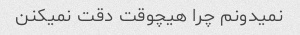
نمیدونم چرا هیچوقت دقت نمیکنن